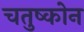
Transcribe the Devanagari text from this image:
चतुष्कोन